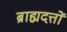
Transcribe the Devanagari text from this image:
ब्राह्मदत्तों